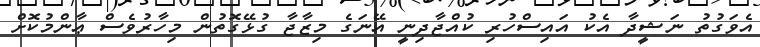
އެވަގުތު ނަޝީދާ އެކު އައިސްހުރި ކުއްޖާދިނީ އޭނަގެ މިޒާޖާ ގުޅޭގޮތުން މިހާރުވެސް ޢާންމުކޮށް